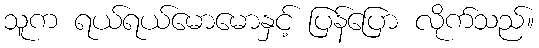
သူက ရယ်ရယ်မောမောနှင့် ပြန်ပြော လိုက်သည်။